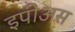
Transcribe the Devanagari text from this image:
इपीअस